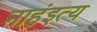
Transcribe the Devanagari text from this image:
नाहंइत्य